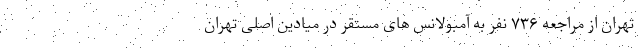
تهران از مراجعه ٧٣۶ نفر به آمبولانس های مستقر در میادین اصلی تهران